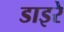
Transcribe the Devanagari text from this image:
डाइरे